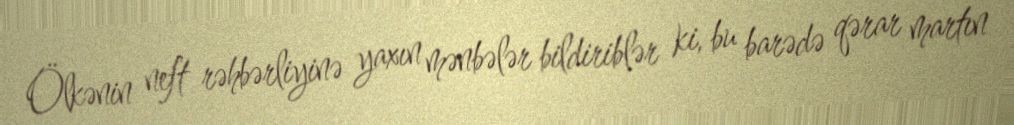
Ölkənin neft rəhbərliyinə yaxın mənbələr bildiriblər ki, bu barədə qərar martın